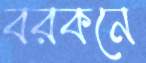
বরকনে